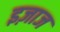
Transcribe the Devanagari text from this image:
इज़ाज